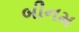
બીનમ